Calcutta medical institutions reports 1871-78
Year: 1871
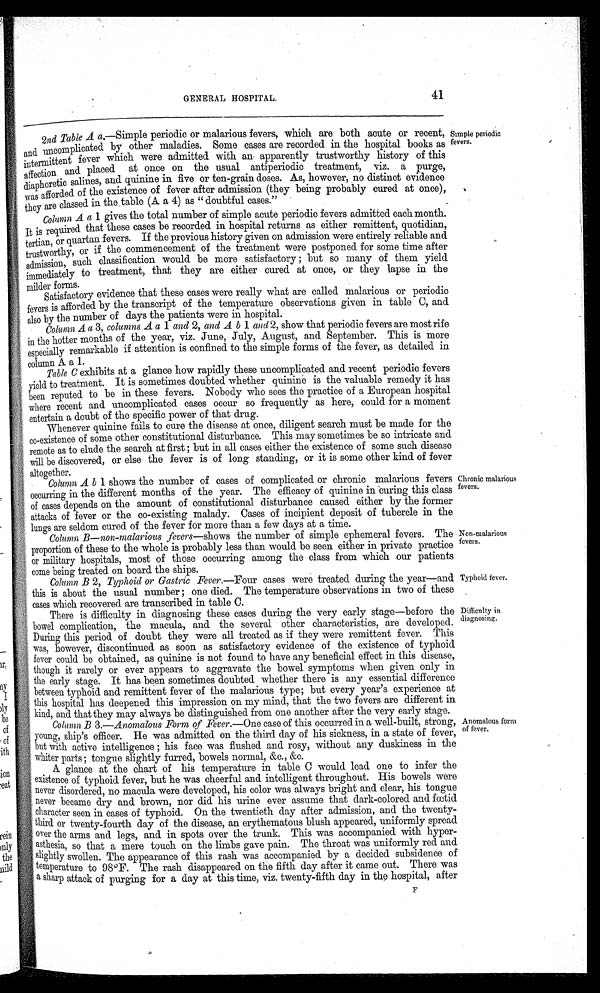
Typhoid fever.
Difficulty in
diagnosing.
41
GENERAL HOSPITAL.
2nd Table A a.—Simple periodic or malarious fevers, which are both acute or recent,
and uncomplicated by other maladies. Some cases are recorded in the hospital books as
intermittent fever which were admitted with an apparently trustworthy history of this
affection and placed at once on the usual antiperiodic treatment, viz. a purge,
diaphoretic salines, and quinine in five or ten-grain doses. As, however, no distinct evidence
was afforded of the existence of fever after admission (they being probably cured at once),
they are classed in the table (A a 4) as "doubtful cases."
Column A a 1 gives the total number of simple acute periodic fevers admitted each month.
It is required that these cases be recorded in hospital returns as either remittent, quotidian,
tertian, or quartan fevers. If the previous history given on admission were entirely reliable and
trustworthy, or if the commencement of the treatment were postponed for some time after
admission, such classification would be more satisfactory ; but so many of them yield
immediately to treatment, that they are either cured at once, or they lapse in the
milder forms.
Satisfactory evidence that these cases were really what are called malarious or periodic
fevers is afforded by the transcript of the temperature observations given in table C, and
also by the number of days the patients were in hospital.
Column A a 3, columns A a 1 and 2, and A b 1 and 2, show that periodic fevers are most rife
in the hotter months of the year, viz. June, July, August, and September. This is more
especially remarkable if attention is confined to the simple forms of the fever, as detailed in
column A a 1.
Table C exhibits at a glance how rapidly these uncomplicated and recent periodic fevers
yield to treatment. It is sometimes doubted whether quinine is the valuable remedy it has
been reputed to be in these fevers. Nobody who sees the practice of a European hospital
where recent and uncomplicated cases occur so frequently as here, could for a moment
entertain a doubt of the specific power of that drug.
Whenever quinine fails to cure the disease at once, diligent search must be made for the
co-existence of some other constitutional disturbance. This may sometimes be so intricate and
remote as to elude the search at first ; but in all cases either the existence of some such disease
will be discovered, or else the fever is of long standing, or it is some other kind of fever
altogether.
Simple periodic
fevers.
Column A b 1 shows the number of cases of complicated or chronic malarious fevers
occurring in the different months of the year. The efficacy of quinine in curing this class
of cases depends on the amount of constitutional disturbance caused either by the former
attacks of fever or the co-existing malady. Cases of incipient deposit of tubercle in the
lungs are seldom cured of the fever for more than a few days at a time.
Column B—non-malarious fevers— shows the number of simple ephemeral fevers. The
proportion of these to the whole is probably less than would be seen either in private practice
or military hospitals, most of those occurring among the class from which our patients
come being treated on board the ships.
Column B 2, Typhoid or Gastric Fever.—Four cases were treated during the year—and
this is about the usual number; one died. The temperature observations in two of these
cases which recovered are transcribed in table C.
There is difficulty in diagnosing these cases during the very early stage—before the
bowel complication, the macula, and the several other characteristics, are developed.
During this period of doubt they were all treated as if they were remittent fever. This
was, however, discontinued as soon as satisfactory evidence of the existence of typhoid
fever could be obtained, as quinine is not found to have any beneficial effect in this disease,
though it rarely or ever appears to aggravate the bowel symptoms when given only in
the early stage. It has been sometimes doubted whether there is any essential difference
between typhoid and remittent fever of the malarious type; but every year's experience at
this hospital has deepened this impression on my mind, that the two fevers are different in
kind, and that they may always be distinguished from one another after the very early stage.
Chronic malarious
fevers.
Non-malarious
fevers.
Column B 3.—Anomalous Form of Fever.— One case of this occurred in a well-built, strong,
young, ship's officer. He was admitted on the third day of his sickness, in a state of fever,
but with active intelligence ; his face was flushed and rosy, without any duskiness in the
whiter parts ; tongue slightly furred, bowels normal, &c., &c.
A. glance at the chart of his temperature in table C would lead one to infer the
existence of typhoid fever, but he was cheerful and intelligent throughout. His bowels were
never disordered, no macula were developed, his color was always bright and clear, his tongue
never became dry and brown, nor did his urine ever assume that dark-colored and fœtid
character seen in cases of typhoid. On the twentieth day after admission, and the twenty-
third or twenty-fourth day of the disease, an erythematous blush appeared, uniformly spread
over the arms and legs, and in spots over the trunk. This was accompanied with hyper-
asthesia, so that a mere touch on the limbs gave pain. The throat was uniformly red and
slightly swollen. The appearance of this rash was accompanied by a decided subsidence of
temperature to 98°F. The rash disappeared on the fifth day after it came out. There was
a sharp attack of purging for a day at this time, viz. twenty-fifth day in the hospital, after
Anomalous form
of fever.